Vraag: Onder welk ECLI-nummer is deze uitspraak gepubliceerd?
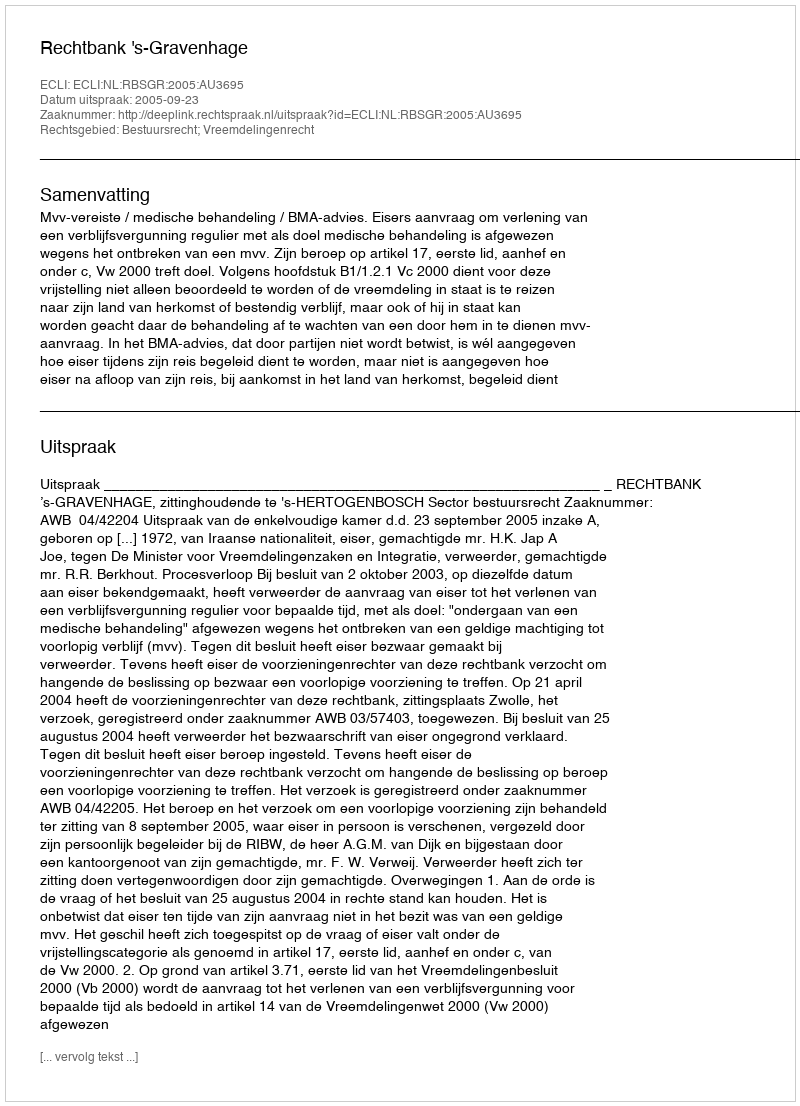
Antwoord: ECLI:NL:RBSGR:2005:AU3695